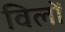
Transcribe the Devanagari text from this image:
विलों